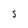
Character: 5